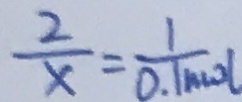
\frac { 2 } { x } = \frac { 1 } { 0 . 1 m o l }